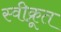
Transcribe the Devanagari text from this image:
स्वीक्रूत